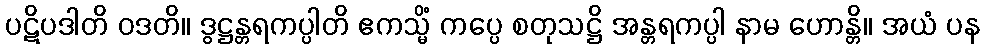
ပဋိပဒါတိ ဝဒတိ။ ဒွဋ္ဌန္တရကပ္ပါတိ ဧကသ္မိံ ကပ္ပေ စတုသဋ္ဌိ အန္တရကပ္ပါ နာမ ဟောန္တိ။ အယံ ပန